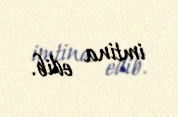
imtina edib.